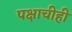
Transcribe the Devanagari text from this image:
पक्षाचीही